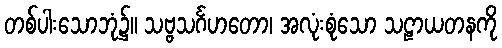
တစ်ပါးသောဘုံ၌။ သဗ္ဗသင်္ဂဟတော၊ အလုံးစုံသော သဠာယတနကို